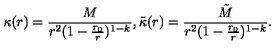
\kappa ( r ) = \frac { M } { r ^ { 2 } ( 1 - \frac { r _ { 0 } } { r } ) ^ { 1 - k } } , \tilde { \kappa } ( r ) = \frac { \tilde { M } } { r ^ { 2 } ( 1 - \frac { r _ { 0 } } { r } ) ^ { 1 - k } } .